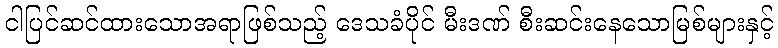
ငါပြင်ဆင်ထားသောအရာဖြစ်သည့် ဒေသခံပိုင် မီးဒဏ် စီးဆင်းနေသောမြစ်များနှင့်